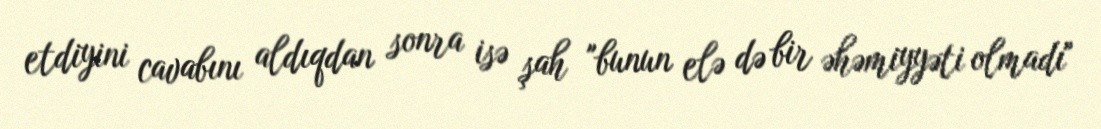
etdiyini cavabını aldıqdan sonra isə şah "bunun elə də bir əhəmiyyəti olmadı"